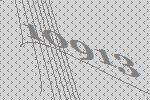
10913